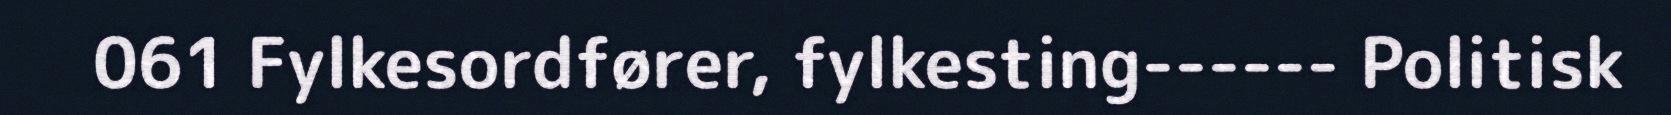
061 Fylkesordfører, fylkesting------ Politisk